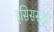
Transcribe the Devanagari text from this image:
इसिससाठी